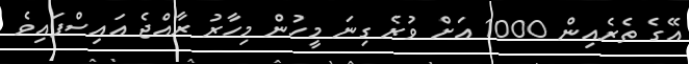
އޭގެ ތެރެއިން 1000 އަށް ވުރެ ގިނަ މީހުން މިހާރު ރާއްޖެ އައިސްފައިވެ